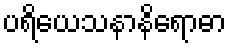
ပရိယေသနာနိရောဓာ